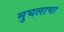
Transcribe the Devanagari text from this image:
मुघलाचा